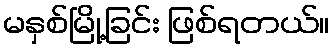
မနှစ်မြို့ခြင်း ဖြစ်ရတယ်။